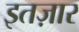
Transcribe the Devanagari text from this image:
इतज़ार